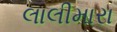
લાલીમારા